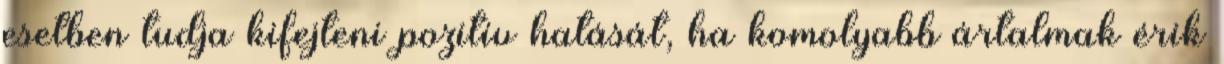
esetben tudja kifejteni pozitív hatását, ha komolyabb ártalmak érik